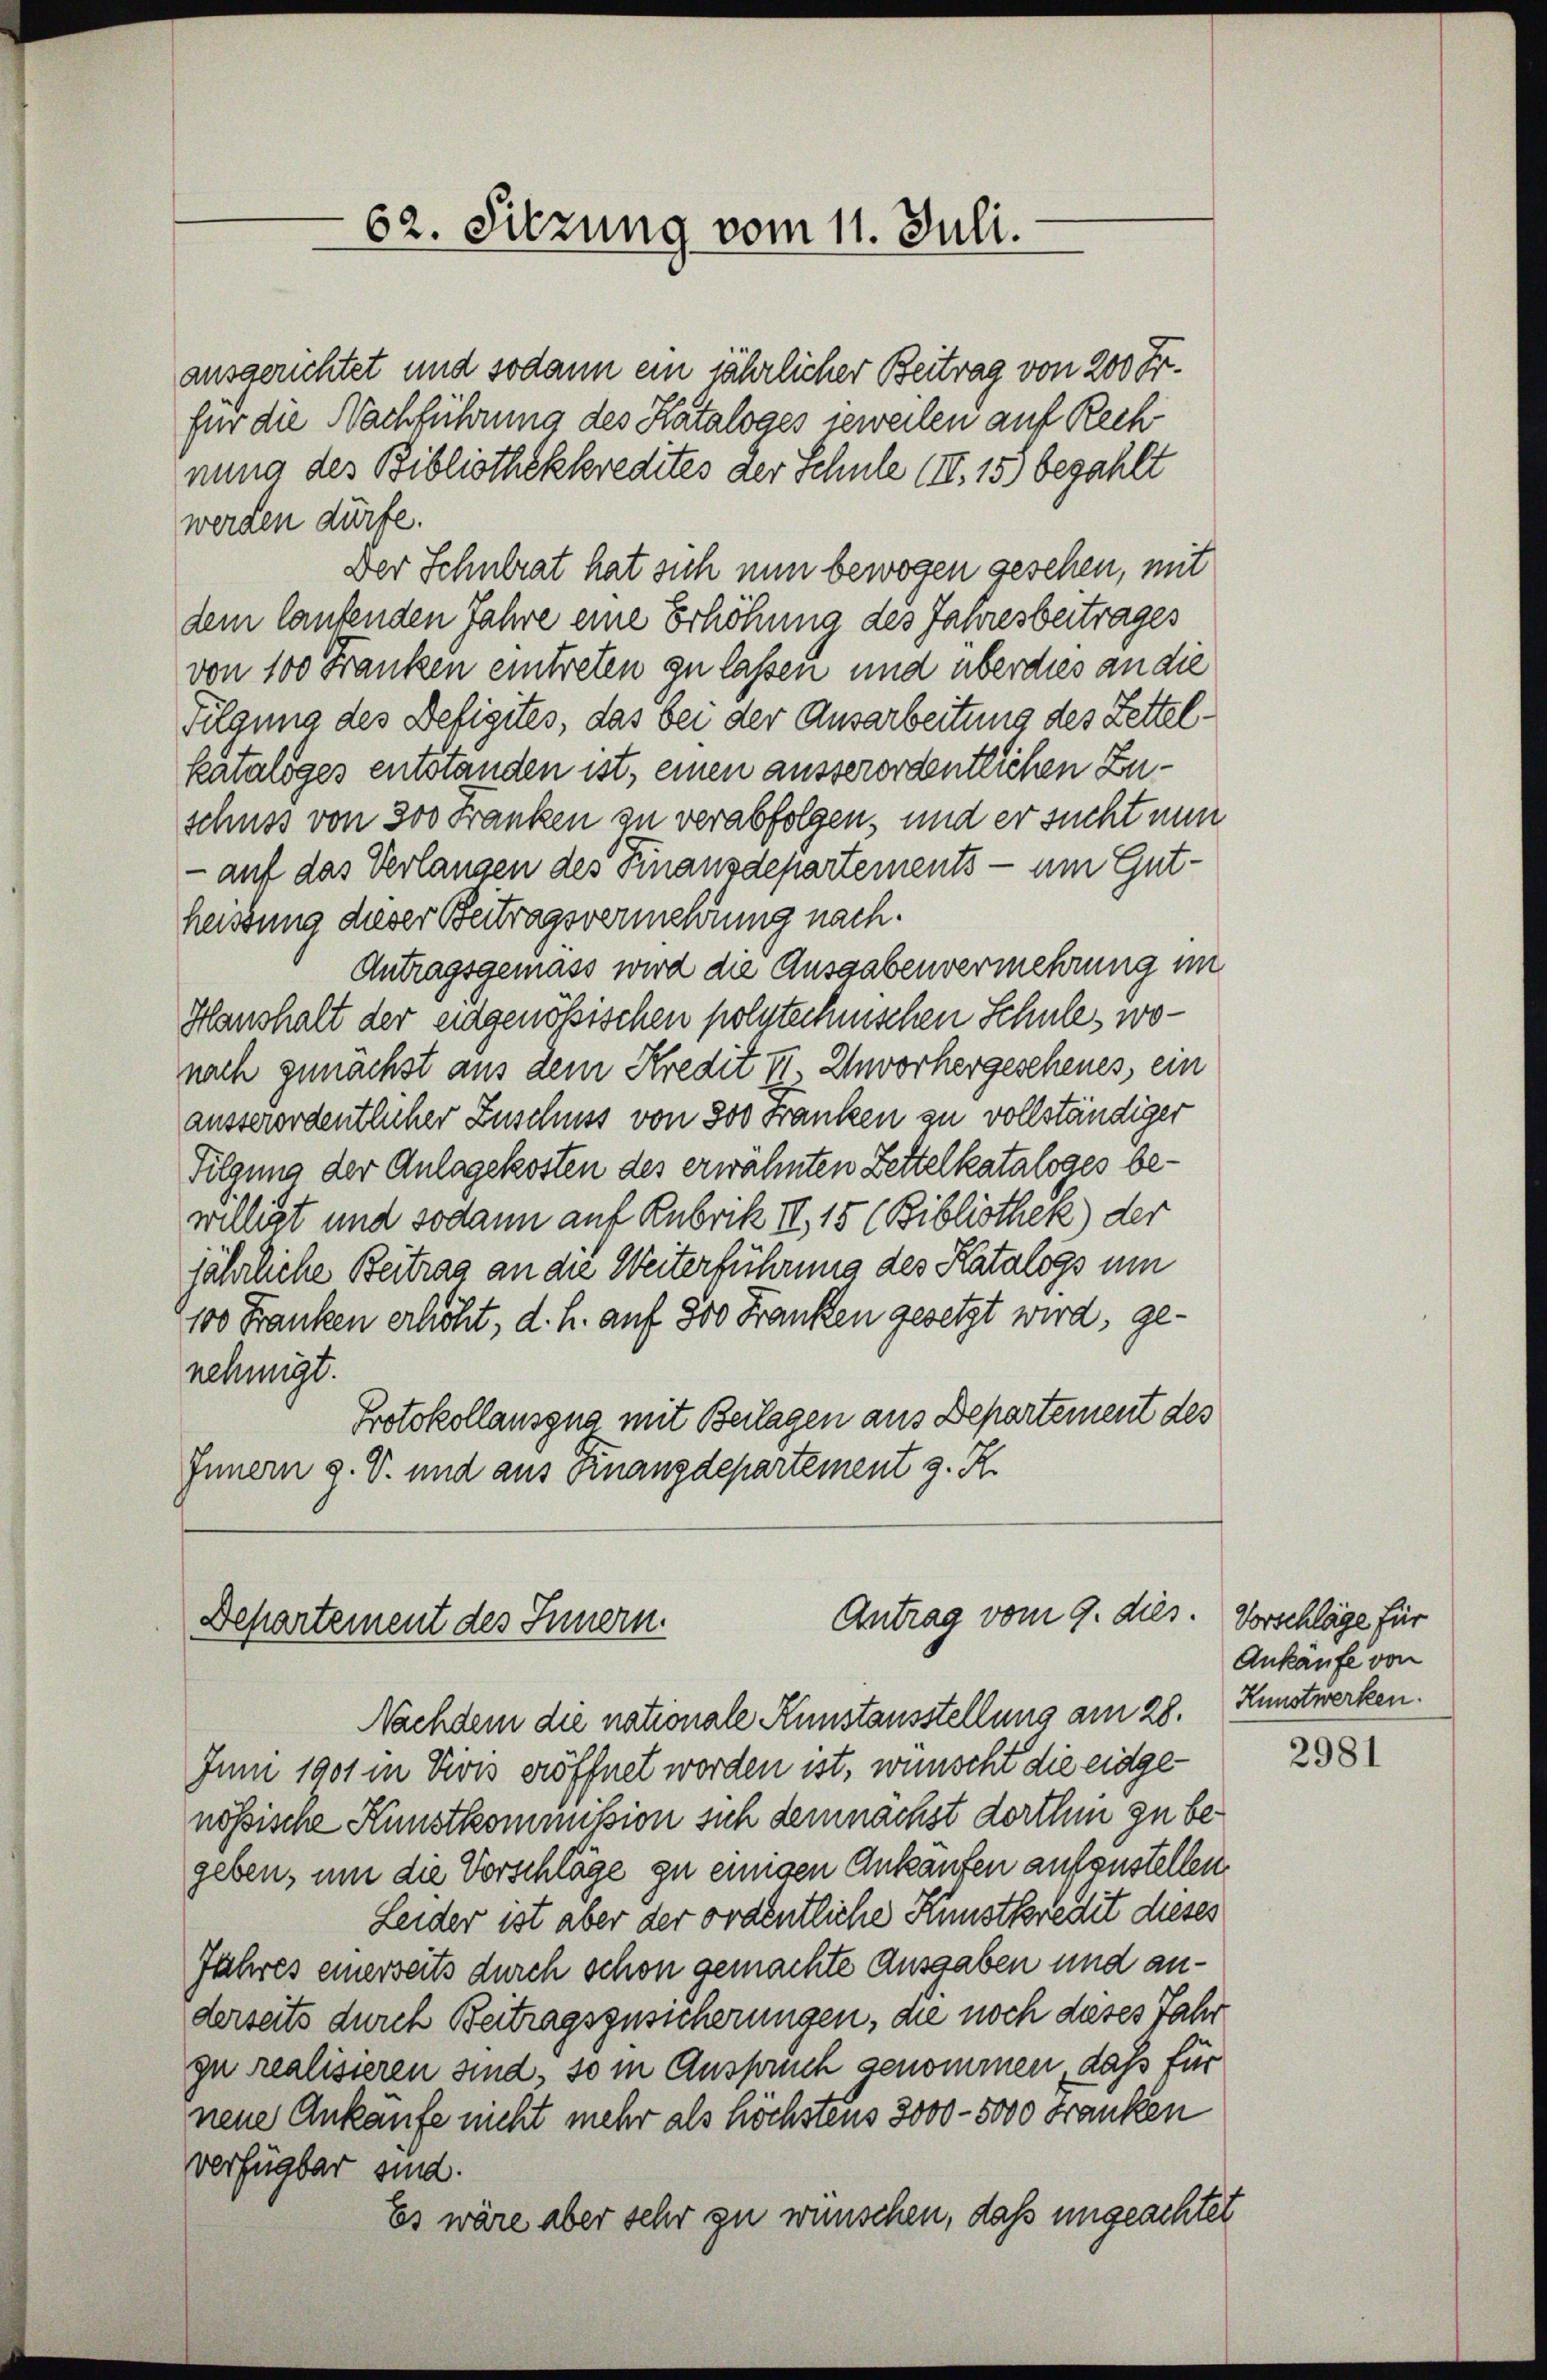
ausgerichtet und sodann ein jährlicher Beitrag von 200 Fr.
für die Nachführung des Kataloges jeweilen auf Rech
nung des Bibliothekkredites der Schule (II. 15) bezahlt
werden dürfe.
Der Schulrat hat sich nun bewogen gesehen, mit
dem laufenden Jahre eine Erhöhung des Jahresbeitrages
von 100 Franken eintreten zu lassen und überdies an die
Filgung des Defizites, das bei der Ausarbeitung des Zettelkataloges entstanden ist, einen ausserordentlichen Zuschuss von 300 Franken zu verabfolgen, und er sucht nun
 auf das Verlangen des Finanzdepartements - um Gutheissung dieser Beitragsvermehrung nach.
Antragsgemäss wird die Ausgabenvermehrung im
Hanshalt der eidgenössischen polytechnischen Schule, wonach zunächst aus dem Kredit II. Thorhergeschenes, ein
ausserordentlicher Zuschuss von 300 Franken zu vollständiger
Tilgung der Anlagekosten des erwähnten Zettelkataloges bevilligt und sodann auf Rubrik II, 15 (Bibliothek der
jährliche Beitrag an die Weiterführung des Katalogs um
100 Franken erhöht, d. h. auf 800 Franken gesetzt wird, genehmigt.
Protokollauszug mit Beilagen aus Departement des
Innern g. S. und aus Finanzdepartement z. R.

62. Sitzung vom 11. Juli.

Antrag vom 9. dies. Vorschläge für
Departement des Innern.

Nachdem die nationale Kunstausstellung am 28. Kunstwerken.
Jun 1901 in Divis eröffnet worden ist, wünscht die eidgenössische Kunstkommission sich demnächst dorthin zu begeben, um die Vorschläge zu einigen Ankaufen aufzustellen.
Leider ist aber der ordentliche Kunstkredit dieses
Jahres einerseits durch schon gemachte Ausgaben und anderseits durch Beitragszusicherungen, die noch dieses Jahr
zu realisieren sind, so in Auspruch genommen, daß für
neue Ankäufe nicht mehr als höchstens 3000 - 5000 Franken
verfügbar sind.
Es wäre aber sehr zu wünschen, daß ungeachtet

Ankäufe von

2981